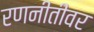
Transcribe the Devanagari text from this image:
रणनीतीवर